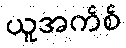
ယူအက်စ်